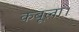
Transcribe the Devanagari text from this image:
कबूला।